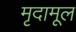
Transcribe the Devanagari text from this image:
मृदामूल